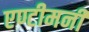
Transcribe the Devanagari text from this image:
एण्टीमनी